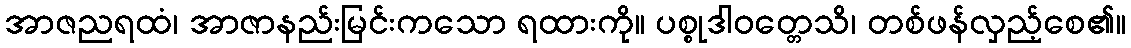
အာဇညရထံ၊ အာဇာနည်းမြင်းကသော ရထားကို။ ပစ္စုဒါဝတ္တေသိ၊ တစ်ဖန်လှည့်စေ၏။